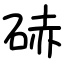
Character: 硳